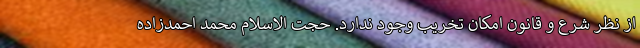
از نظر شرع و قانون امکان تخریب وجود ندارد. حجت الاسلام محمد احمدزاده